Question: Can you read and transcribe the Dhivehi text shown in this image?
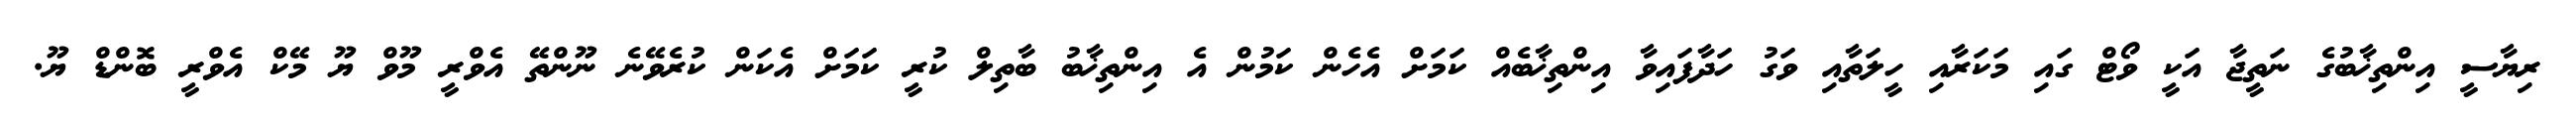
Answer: ރިޔާސީ އިންތިޚާބުގެ ނަތީޖާ އަކީ ވޯޓް ގައި މަކަރާއި ހީލަތާއި ވަގު ހަދާފައިވާ އިންތިޚާބެއް ކަމަށް އެހެން ކަމުން އެ އިންތިޚާބު ބާތިލް ކުރީ ކަމަށް އެކަން ކުރެވޭނެ ނޫންތޭ އެވްރީ މޫވް ޔޫ މޭކް އެވްރީ ބޮންޑް ޔޫ.